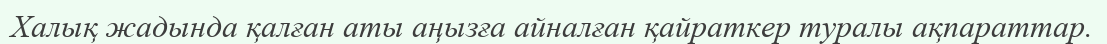
Халық жадында қалған аты аңызға айналған қайраткер туралы ақпараттар.